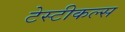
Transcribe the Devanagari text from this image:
टेस्टीकल्स